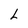
Character: L